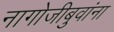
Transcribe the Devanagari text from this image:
नागोजीबुवांना